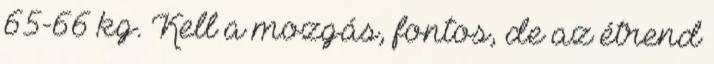
65-66 kg. Kell a mozgás, fontos, de az étrend